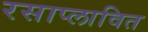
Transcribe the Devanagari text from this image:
रसाप्लावित